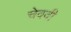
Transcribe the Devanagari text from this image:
चेववी